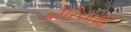
કોરિયાથી